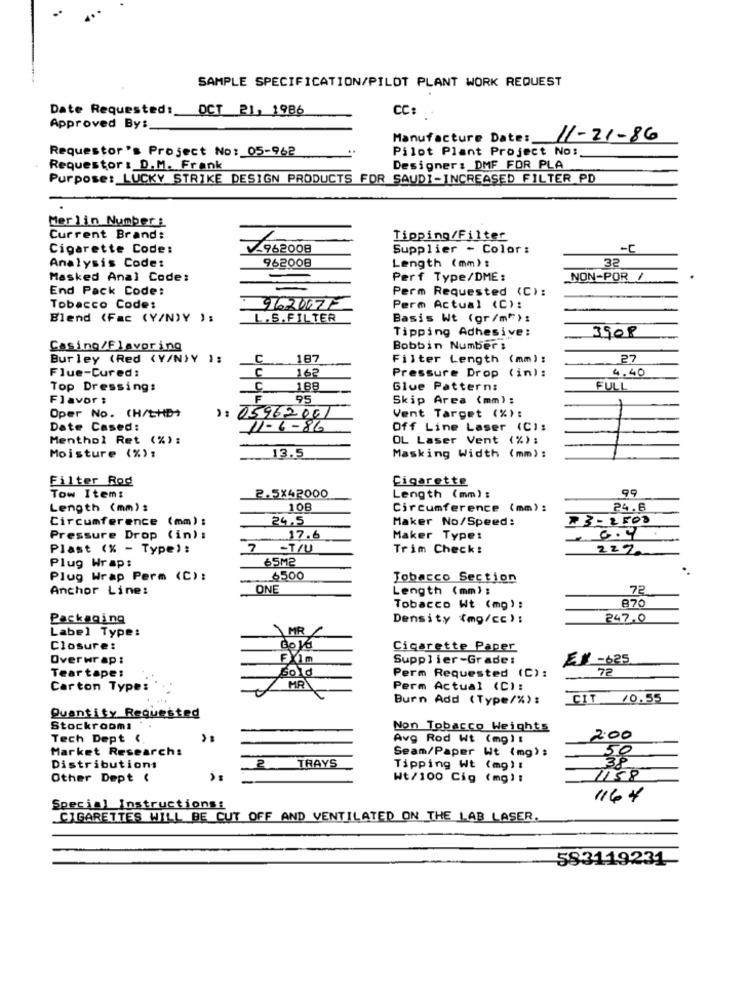
SAMPLE SPECIFICATION/PILOT PLANT WORK REQUEST
Date Requested: OCT 21, 1986
CC:
Approved By :_
Manufacture Dates_
11-21-86
Requestor's Project No: 05-962
Pilot Plant Project No :.
Requestor : D.M. Frank
Designer : DMF FOR PLA
Purpose: LUCKY STRIKE DESIGN PRODUCTS FOR SAUDI-INCREASED FILTER PD
Merlin Number :
Current Brand:
Tipping/Filter
Cigarette Code:
.962008
Supplier - Color :
-C
32
Analysis Code:
962008
Length (mm):
Masked Anal Code:
Perf Type/DME:
NON-POR /
End Pack Code:
Perm Requested (C):
Tobacco Code:
962007F
Perm Actual (C):
Blend (Fac (Y/N)Y ):
L.S. FILTER
Basis Wt (gr/m"):
Tipping Adhesive:
3908
Casing/Flavor ing
Bobbin Number :
Burley (Red (Y/N)Y ):
C
. 187
Filter Length (mm):
27
Flue-Cured:
c
162
Pressure Drop (in):
4.40
Top Dressing:
C
188
Glue Pattern:
FULL
Flavor :
E
95
Skip Area (mm) :
Oper No. (H/tHD+
): 05962001
Vent Target (%):
Date Cased:
11-6-86
Off Line Laser (CI:
Menthol Ret (%) :
OL Laser Vent (%):
Moisture (%):
13.5
Masking Width (mm):
Filter Rod
Cigarette
99
Tow Item:
2.5×42000
Length (mm) :
Length (mm):
108
Circumference (mm) :
24.6
Circumference (mm) :
24.5
Maker No/Speed:
73-2500
Pressure Drop (in) :
17.6
Maker Type:
Plast (% - Type) :
7 -T/U
Trim Check:
222
Plug Wrap:
65M2
Plug Wrap Perm (C):
6500
Tobacco Section
Anchor Line:
ONE
Length (mm) :
72
870
Tobacco Wt (mg) :
Packaging
Density (mg/cc):
247.0
Label Type:
MR
Closure:
Cigarette Paper
Overwrap:
FX1m
Supplier-Grade:
¥ -625
Tear tape:
Sold
72
Perm Requested (C):
Carton Type:
MR
Perm Actual (C):
Burn Add (Type/%) :
CIT 10.55
Quantity Requested
Stockroomi
Non Tobacco Weights
Tech Dept (
Avg Rod Wt (mg) :
2.00
Market Research:
Seam/Paper Wt (mg) :
2
Distributions
TRAYS
Tipping Wt (mg) :
Other Dept (
Wt/100 Cig (mg) :
1158
1164
Special Instructions:
CIGARETTES WILL BE CUT OFF AND VENTILATED ON THE LAB LASER.
583119231-